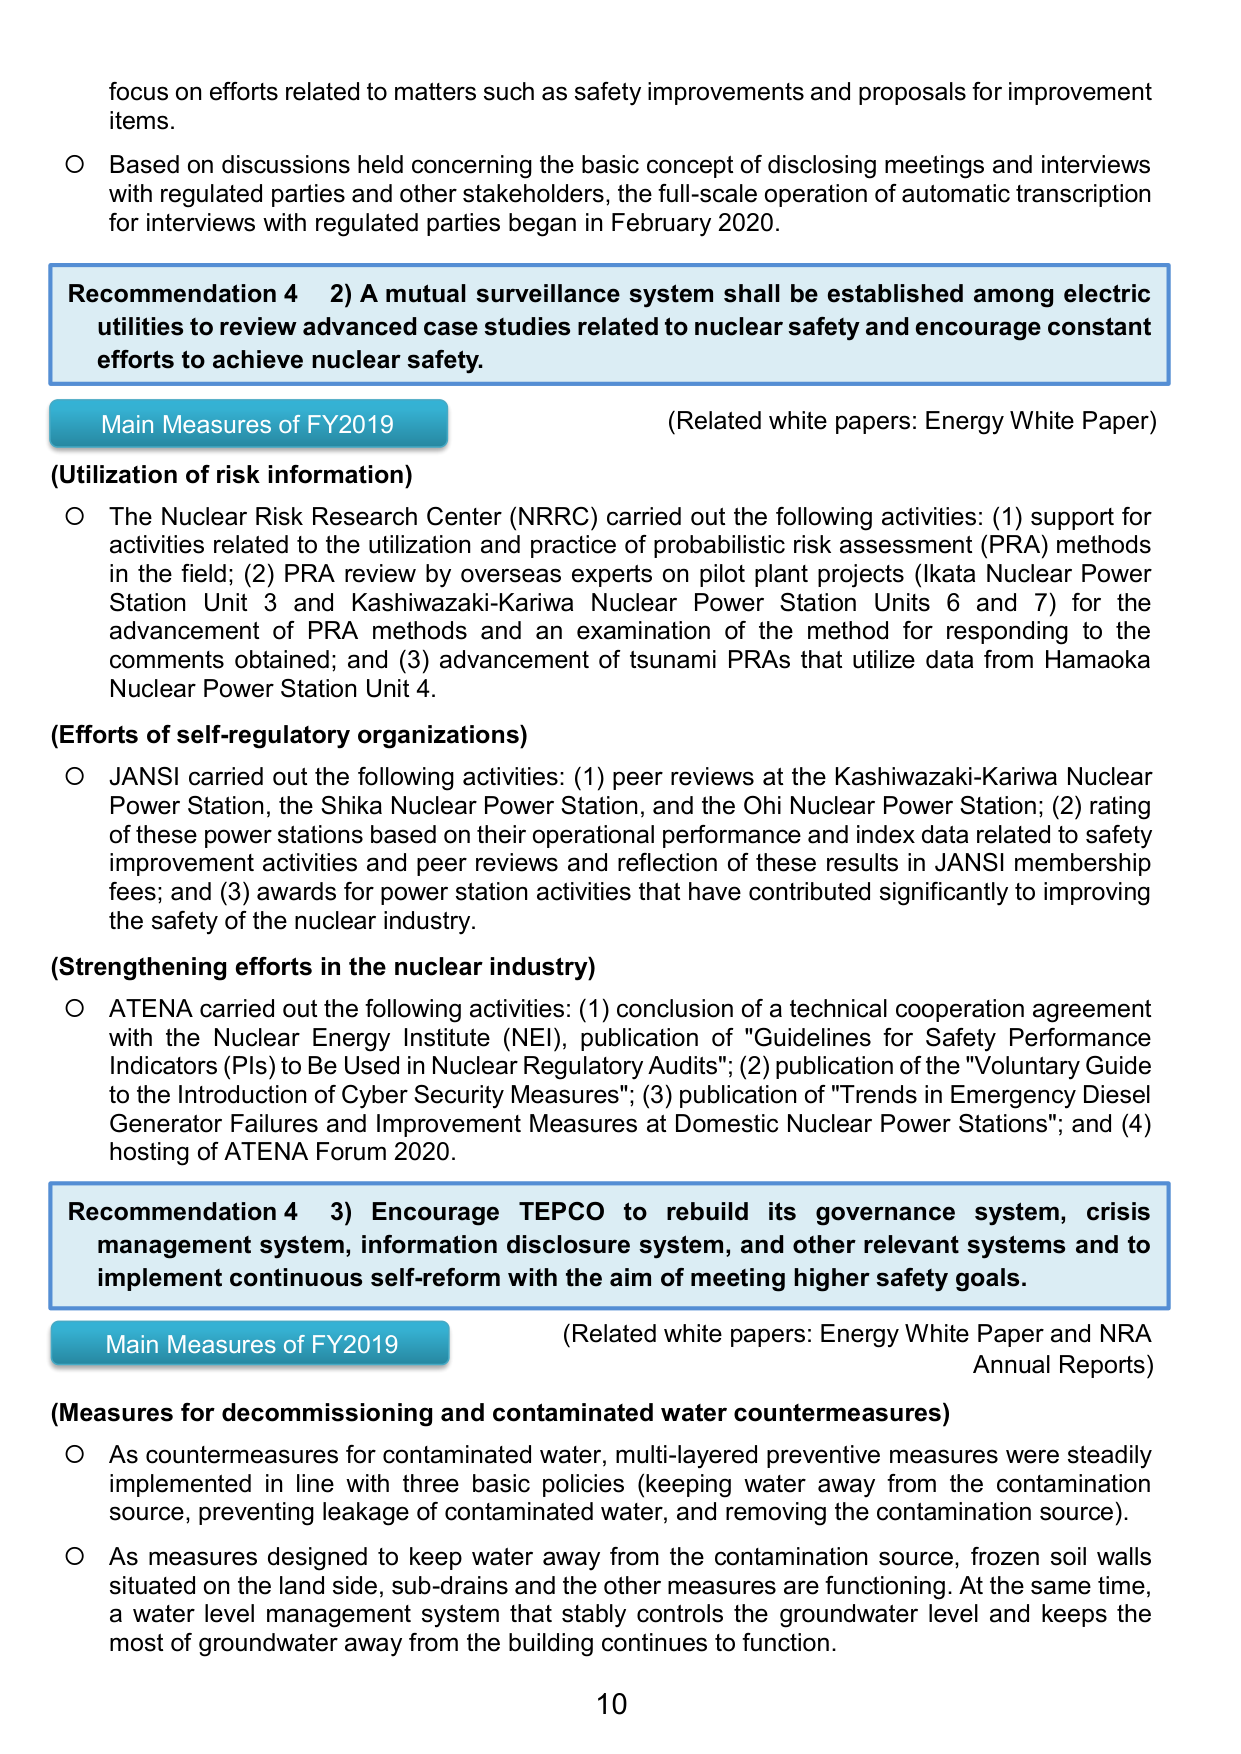
focus on efforts related to matters such as safety improvements and proposals for improvement items.

○ Based on discussions held concerning the basic concept of disclosing meetings and interviews with regulated parties and other stakeholders, the full-scale operation of automatic transcription for interviews with regulated parties began in February 2020.

Recommendation 4 2) A mutual surveillance system shall be established among electric utilities to review advanced case studies related to nuclear safety and encourage constant efforts to achieve nuclear safety.

Main Measures of FY2019 (Related white papers: Energy White Paper)

(Utilization of risk information)

○ The Nuclear Risk Research Center (NRRC) carried out the following activities: (1) support for activities related to the utilization and practice of probabilistic risk assessment (PRA) methods in the field; (2) PRA review by overseas experts on pilot plant projects (Ikata Nuclear Power Station Unit 3 and Kashiwazaki-Kariwa Nuclear Power Station Units 6 and 7) for the advancement of PRA methods and an examination of the method for responding to the comments obtained; and (3) advancement of tsunami PRAs that utilize data from Hamaoka Nuclear Power Station Unit 4.

(Efforts of self-regulatory organizations)

○ JANSI carried out the following activities: (1) peer reviews at the Kashiwazaki-Kariwa Nuclear Power Station, the Shika Nuclear Power Station, and the Ohi Nuclear Power Station; (2) rating of these power stations based on their operational performance and index data related to safety improvement activities and peer reviews and reflection of these results in JANSI membership fees; and (3) awards for power station activities that have contributed significantly to improving the safety of the nuclear industry.

(Strengthening efforts in the nuclear industry)

○ ATENA carried out the following activities: (1) conclusion of a technical cooperation agreement with the Nuclear Energy Institute (NEI), publication of "Guidelines for Safety Performance Indicators (PIs) to Be Used in Nuclear Regulatory Audits"; (2) publication of the "Voluntary Guide to the Introduction of Cyber Security Measures"; (3) publication of "Trends in Emergency Diesel Generator Failures and Improvement Measures at Domestic Nuclear Power Stations"; and (4) hosting of ATENA Forum 2020.

Recommendation 4 3) Encourage TEPCO to rebuild its governance system, crisis management system, information disclosure system, and other relevant systems and to implement continuous self-reform with the aim of meeting higher safety goals.

Main Measures of FY2019 (Related white papers: Energy White Paper and NRA Annual Reports)

(Measures for decommissioning and contaminated water countermeasures)

○ As countermeasures for contaminated water, multi-layered preventive measures were steadily implemented in line with three basic policies (keeping water away from the contamination source, preventing leakage of contaminated water, and removing the contamination source).

○ As measures designed to keep water away from the contamination source, frozen soil walls situated on the land side, sub-drains and the other measures are functioning. At the same time, a water level management system that stably controls the groundwater level and keeps the most of groundwater away from the building continues to function.

10